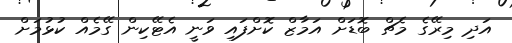
އަދި މިރޭގެ މެޗް ބޮޑަށް އަމާޒް ކޮށްފައި ވަނީ އެޓޭކިން ގޭމެއް ކުޅުމަށް